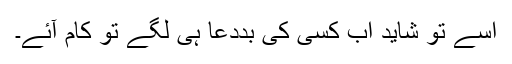
اسے تو شاید اب کسی کی بددعا ہی لگے تو کام آئے۔